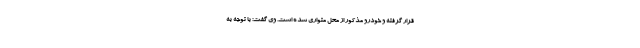
قرار گرفته و خودرو مذکور از محل متواری شده است. وی گفت: با توجه به